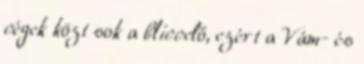
cégek közt sok a bliccelő, ezért a Vám- és